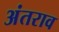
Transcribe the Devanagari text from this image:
अंतराव